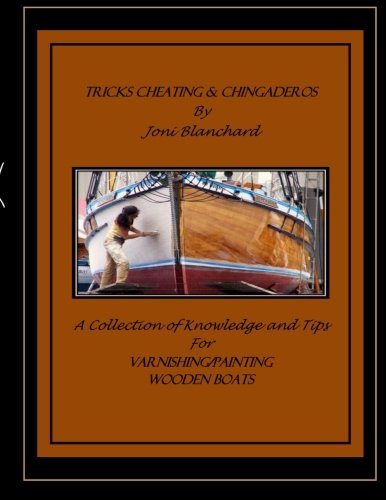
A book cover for Tricks, Cheating & Chingaderos: A Collection of Knowledge and Tips for Varnishing/Painting Wooden Boats; Ms Joni M. Blanchard; Education & Teaching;